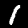
Digit: 1